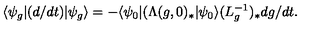
\langle \psi _ { g } | ( d / d t ) | \psi _ { g } \rangle = - \langle \psi _ { 0 } | ( \Lambda ( g , 0 ) _ { \ast } | \psi _ { 0 } \rangle ( L _ { g } ^ { - 1 } ) _ { \ast } d { g } / d t .